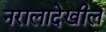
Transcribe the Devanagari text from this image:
नरालादेखील